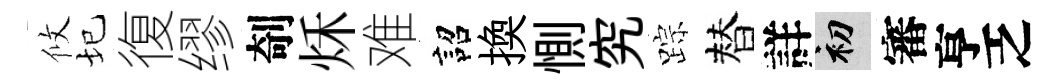
攸圮復缪剞秌难詔換惻究踪替詳初審亨乏